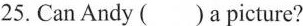
25. Can Andy ( ) a picture?